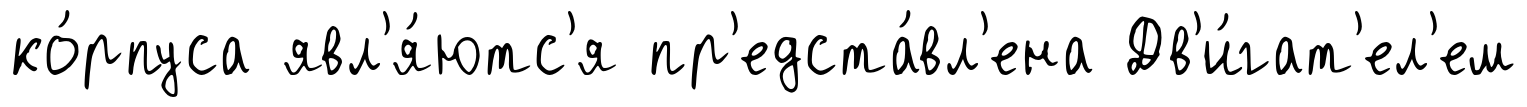
ко́рпуса явл'я́ютс'я пр'едста́вл'ена Дв'и́гат'ел'ем